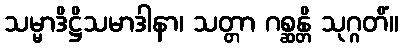
သမ္မာဒိဋ္ဌိသမာဒါနာ၊ သတ္တာ ဂစ္ဆန္တိ သုဂ္ဂတိံ။